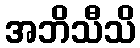
အဘိသီသိ